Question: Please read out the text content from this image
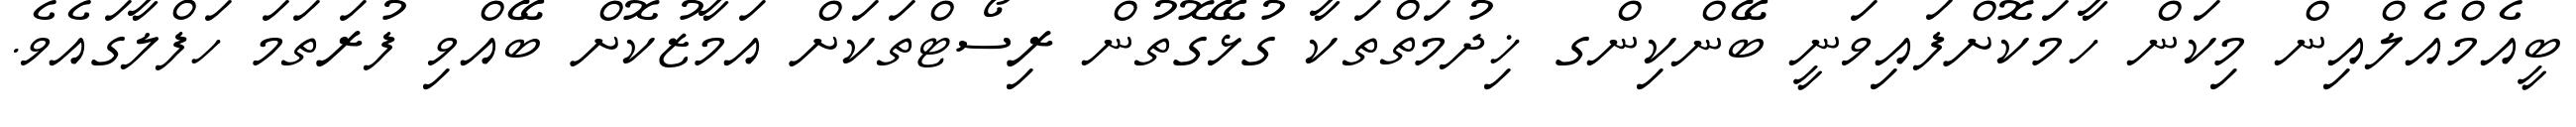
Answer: ބީއެމްއެލްއިން މިކަން ހާމަކޮށްފައިވަނީ ބޭންކިންގ ޚިދުމަތްތަކާ ގުޅޭގޮތުން ރިސޯޓްތަކަށް އަމާޒުކޮށް ބޭއްވި ފުރަތަމަ ހަފްލާގައެވެ.